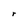
Character: r